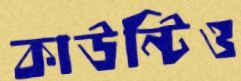
কাউন্টিও